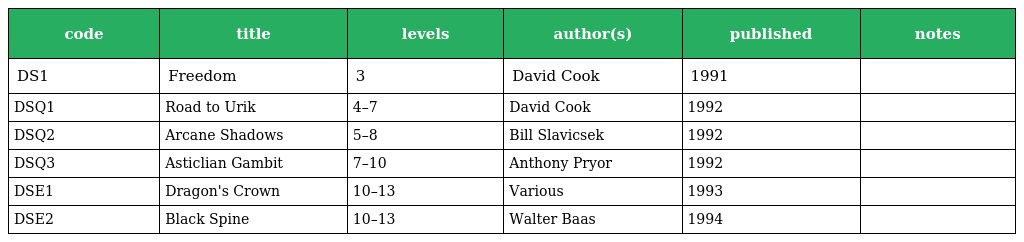
| code | title | levels | author(s) | published | notes |
 | --- | --- | --- | --- | --- | --- |
 | DS1 | Freedom | 3 | David Cook | 1991 |  |
 | DSQ1 | Road to Urik | 4–7 | David Cook | 1992 |  |
 | DSQ2 | Arcane Shadows | 5–8 | Bill Slavicsek | 1992 |  |
 | DSQ3 | Asticlian Gambit | 7–10 | Anthony Pryor | 1992 |  |
 | DSE1 | Dragon's Crown | 10–13 | Various | 1993 |  |
 | DSE2 | Black Spine | 10–13 | Walter Baas | 1994 |  |